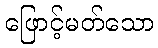
ဖြောင့်မတ်သော